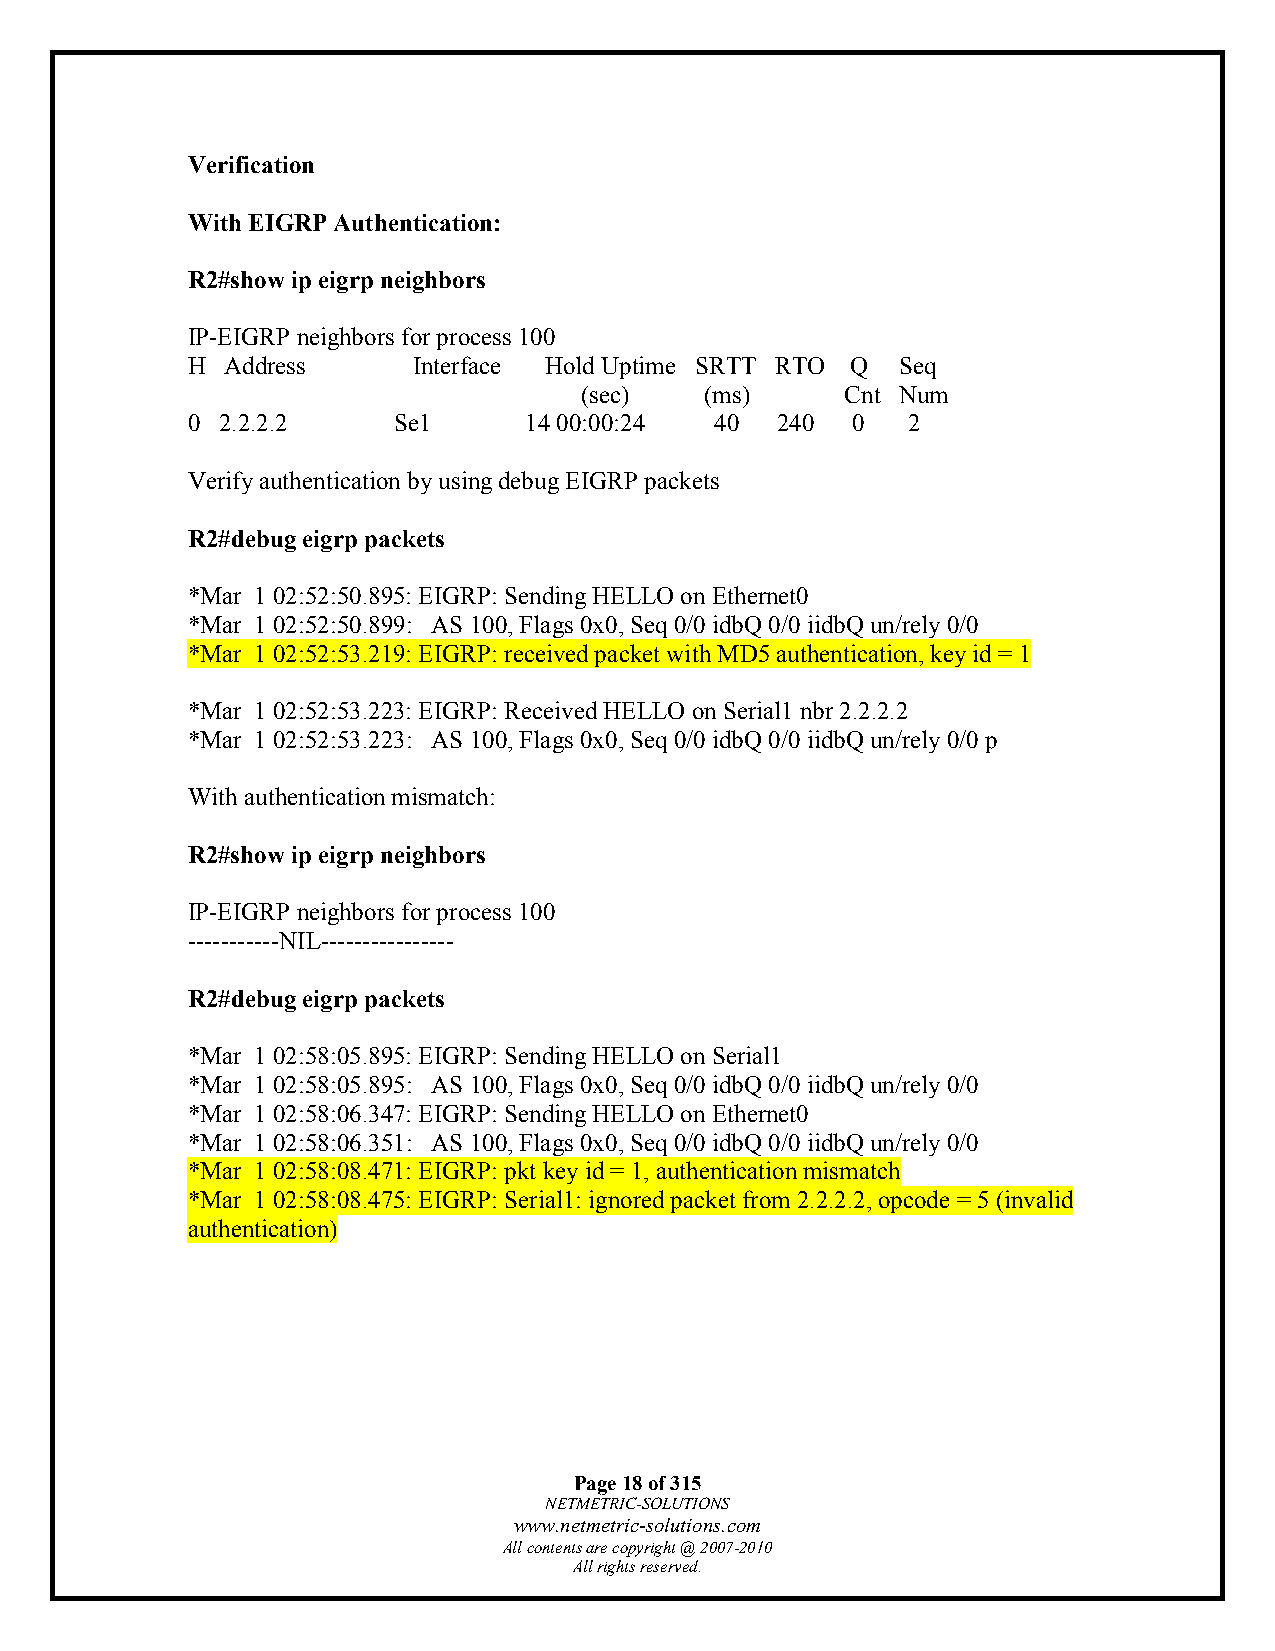
Verification
 With EIGRP Authentication:
 R2#show ip eigrp neighbors
 IP-EIGRP neighbors for process 100
 H  Address     Interface Hold Uptime SRTT RTO Q Seq
 (sec)    (ms)     Cnt Num
 0 2.2.2.2     Se1      14 00:00:24 40  240  0   2
 Verify authentication by using debug EIGRP packets
 R2#debug eigrp packets
 *Mar 1 02:52:50.895: EIGRP: Sending HELLO on Ethernet0
 *Mar 1 02:52:50.899: AS 100, Flags 0x0, Seq 0/0 idbQ 0/0 iidbQ un/rely 0/0
 *Mar 1 02:52:53.219: EIGRP: received packet with MD5 authentication, key id = 1
 *Mar 1 02:52:53.223: EIGRP: Received HELLO on Serial1 nbr 2.2.2.2
 *Mar 1 02:52:53.223: AS 100, Flags 0x0, Seq 0/0 idbQ 0/0 iidbQ un/rely 0/0 p
 With authentication mismatch:
 R2#show ip eigrp neighbors
 IP-EIGRP neighbors for process 100
 -----------NIL----------------
 R2#debug eigrp packets
 *Mar 1 02:58:05.895: EIGRP: Sending HELLO on Serial1
 *Mar 1 02:58:05.895: AS 100, Flags 0x0, Seq 0/0 idbQ 0/0 iidbQ un/rely 0/0
 *Mar 1 02:58:06.347: EIGRP: Sending HELLO on Ethernet0
 *Mar 1 02:58:06.351: AS 100, Flags 0x0, Seq 0/0 idbQ 0/0 iidbQ un/rely 0/0
 *Mar 1 02:58:08.471: EIGRP: pkt key id = 1, authentication mismatch
 *Mar 1 02:58:08.475: EIGRP: Serial1: ignored packet from 2.2.2.2, opcode = 5 (invalid
 authentication)
 Page 18 of 315
 NETMETRIC-SOLUTIONS
 www.netmetric-solutions.com
 All contents are copyright @ 2007-2010
 All rights reserved.